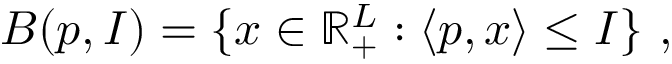
B ( p , I ) = \{ x \in \mathbb { R } _ { + } ^ { L } : \langle p , x \rangle \leq I \} \ ,